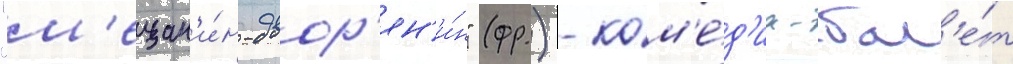
"м'ещан'и́н-двор'ян'и́н" (фр.) - ком'е́д'иа-бал'е́т